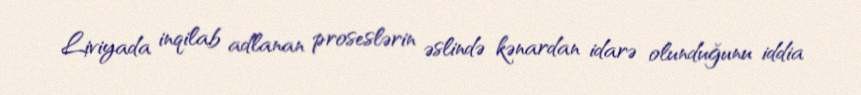
Liviyada inqilab adlanan proseslərin əslində kənardan idarə olunduğunu iddia